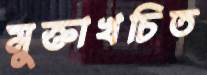
মুক্তাখচিত